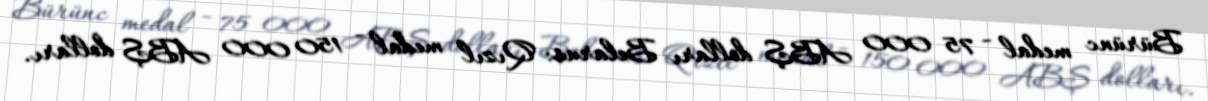
Bürünc medal - 75 000 ABŞ dolları Belarus: Qızıl medal - 150 000 ABŞ dolları.